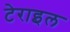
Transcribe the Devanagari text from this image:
टेराइल